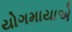
યોગમાયાએ